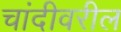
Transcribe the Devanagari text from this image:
चांदीवरील